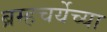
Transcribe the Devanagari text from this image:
ब्रम्हचर्येच्या